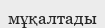
мұқалтады